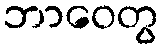
ဘာဝေတွ